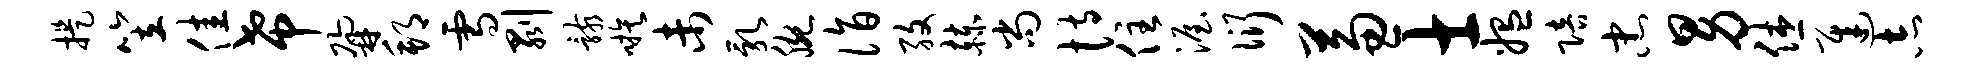
提笠佳希鼐邦雪剥骸嗾未乳腕诣孜赫尚恃住渥衍兼士媪陪忠男休迟志